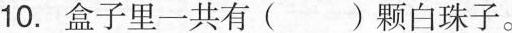
10.盒子里一共有( )颗白珠子。